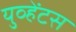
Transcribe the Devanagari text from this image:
युव्हेंटस